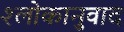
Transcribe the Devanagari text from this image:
श्‍लोकानुवाद